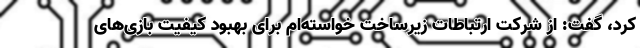
کرد، گفت: از شرکت ارتباطات زیرساخت خواسته‌ام برای بهبود کیفیت بازی‌های